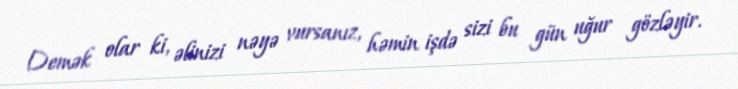
Demək olar ki, əlinizi nəyə vursanız, həmin işdə sizi bu gün uğur gözləyir.